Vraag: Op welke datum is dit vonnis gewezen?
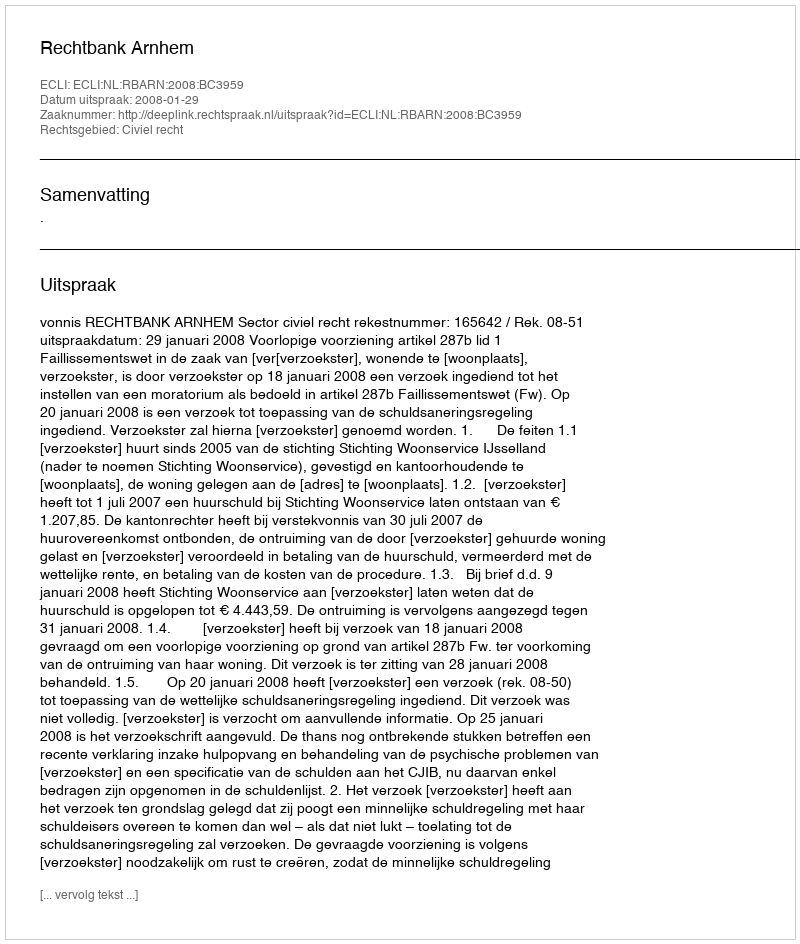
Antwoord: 2008-01-29